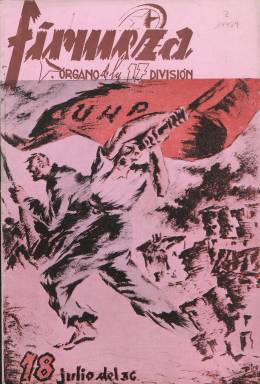
Título: Firmeza (Guadalajara)
Colección: Guerra civil || Fuerzas armadas
Ámbito geográfico: Guadalajara
Lugar de publicación: Guadalajara
Fechas: 01/08/1938-30/11/1938

Revista mensual órgano de la 17 División del Ejército Republicano que comenzó a editarse en junio de 1938, en una fase muy avanzada de la Guerra Civil. Tenía su redacción en la calle Mayor de Guadalajara y llegó a editar también el suplemento Campesinos, dedicado a los trabajadores del campo de la provincia.

   La BNE sólo posee tres números de esta publicación, el último de ellos el número 5 de noviembre de 1938, pero no parece que se editaran más dado que ya en estas fechas la derrota final del bando republicano era más que evidente tras perder la batalla del Ebro, una de las más sangrientas y decisivas de la guerra. No obstante, esta última entrega fue la de mayor número de páginas, con un total de 27 y amplia información gráfica.

  En esta publicación, dedicada lógicamente a ensalzar a los combatientes republicanos y a estimular la moral de victoria contra el enemigo, destacan las portadas con dibujos coloreados, que más allá del componente bélico aportan una nota artística destacable.

   De que la moral y disciplina del ejército republicano empezaban a resquebrajarse es indicio un suelto que podemos leer en el número 3 de agosto en que se insta a mandos militares a someterse a los delegados políticos de las compañías, los comisarios del partido comunista que controlaban la ideología en las unidades militares y que chocaban a veces con los profesionales del ejército que se habían mantenido fieles a la República.

  Se recuerda en esta orden de la División a todos los jefes y oficiales que ayuden a los comisarios políticos ‘en su tarea tanto con el apoyo material como concediéndoles el respeto y la autoridad moral que merecen, por su esfuerzo abnegado y desinterés sin límites’.

    En diferentes páginas de la publicación se elogia la labor del comisariado y se ensalza a algunos de ellos como a Jesús Hernández, comisario de la Agrupación de Ejércitos de la Región Central, a quien con una fotografía suya se dedica la última página del último número de Firmeza.

  Es curioso como, aparte de la preocupación bélica, se cuidaba de la educación y del ocio de los soldados. Prueba de ello lo podemos ver en el número de agosto, en el que hay un apartado dedicado a los deportes en el que se informa de la selección de equipos de la División para el torneo de fútbol que iba a disputarse en Madrid, así como de otra competición de atletismo.

[Descripción publicada el 17/08/2022]